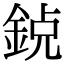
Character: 𨦸